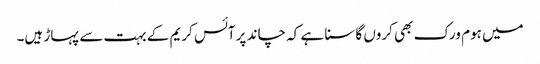
میں ہوم ورک بھی کروں گا سنا ہے کہ چاند پر آئس کریم کے بہت سے پہاڑ ہیں۔